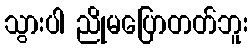
သွားပါ ညိုမပြောတတ်ဘူး